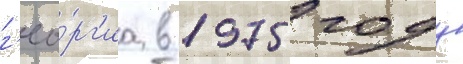
г'ео́рг'иа в 1975 году